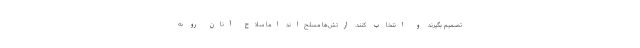
تصمیم بگیرند و انتخاب کنند. ارتش‌ها مسلح‌اند اما سلاح آنان رو به